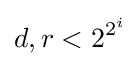
d,r<2^{2^{i}}